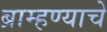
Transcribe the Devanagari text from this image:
ब्राम्हण्याचे